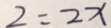
2 = 2 x